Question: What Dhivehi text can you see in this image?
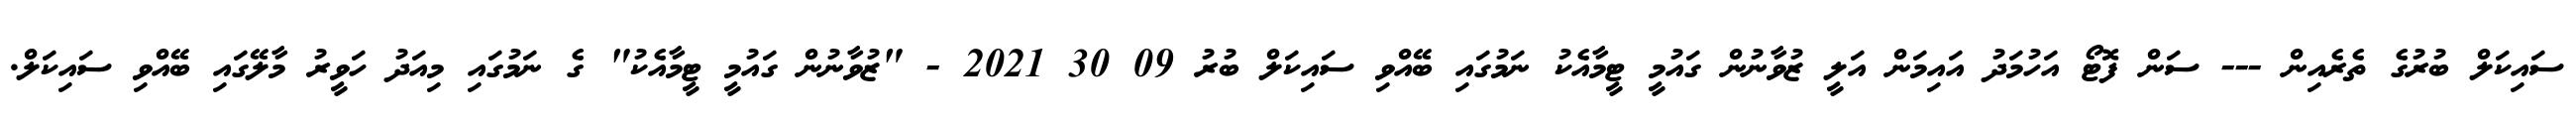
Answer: ސައިކަލް ބުރުގެ ތެރެއިން --- ސަން ފޮޓޯ އަހުމަދު އައިމަން އަލީ ޒުވާނުން ގައުމީ ޓީމާއެކު ނަމުގައި ބޭއްވި ސައިކަލް ބުރު 09 30 2021 - "ޒުވާނުން ގައުމީ ޓީމާއެކު" ގެ ނަމުގައި މިއަދު ހަވީރު މާލޭގައި ބޭއްވި ސައިކަލް.